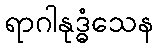
ရာဂါနုဒ္ဓံသေန